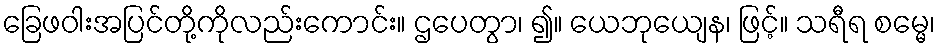
ခြေဖဝါးအပြင်တို့ကိုလည်းကောင်း။ ဌပေတွာ၊ ၍။ ယေဘုယျေန၊ ဖြင့်။ သရီရ စမ္မေ၊